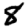
Digit: 8